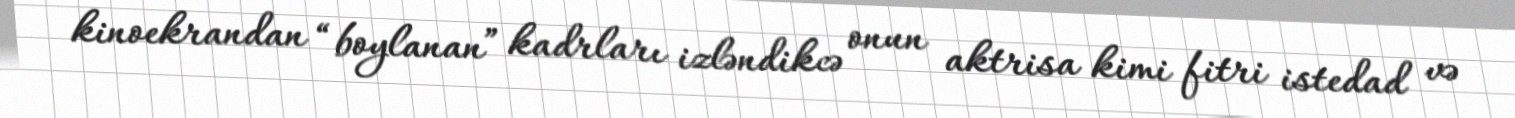
kinoekrandan “boylanan” kadrları izləndikcə onun aktrisa kimi fitri istedad və